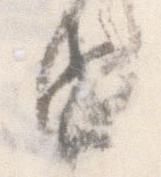
由